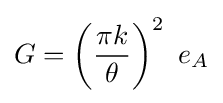
G=\left({\frac {\pi k}{\theta }}\right)^{2}\ e_{A}